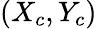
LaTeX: (X_{c},Y_{c})